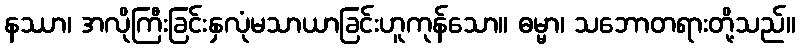
နဿာ၊ အလိုကြီးခြင်းနှလုံမသာယာခြင်းဟူကုန်သော။ ဓမ္မာ၊ သဘောတရားတို့သည်။